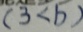
( 3 < b )